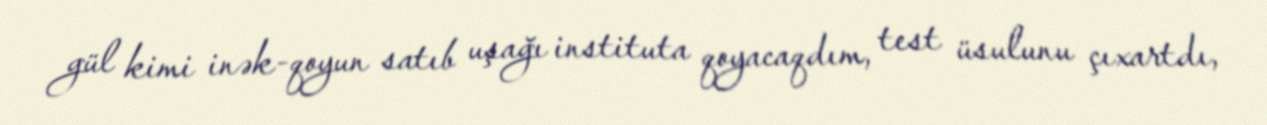
gül kimi inək-qoyun satıb uşağı instituta qoyacaqdım, test üsulunu çıxartdı,